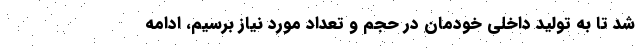
شد تا به تولید داخلی خودمان در حجم و تعداد مورد نیاز برسیم، ادامه